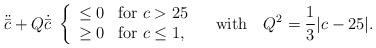
LaTeX: \begin{align*}\ddot{\bar c} + Q\dot{\bar c}\ \left\{ \begin{array}{ll} \le0 & \mbox{for $c>25$} \\ \ge0 & \mbox{for $c\le1$},\end{array}\right. \ \ \ \hbox{with} \ \ \ Q^2={1\over3}\vert c-25\vert.\end{align*}